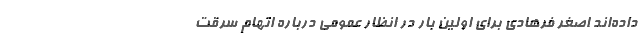
داده‌اند اصغر فرهادی برای اولین بار در انظار عمومی درباره اتهام سرقت